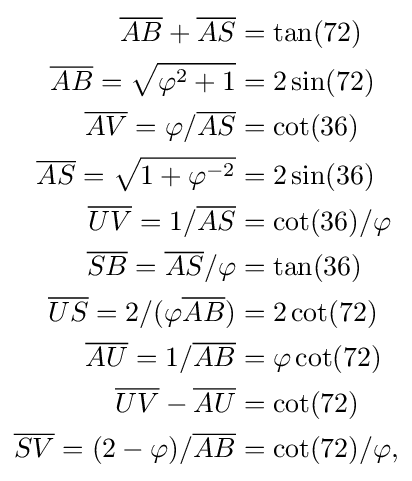
{\begin{aligned}{\overline {AB}}+{\overline {AS}}&=\tan(72)\\{\overline {AB}}={\sqrt {\varphi ^{2}+1}}&=2\sin(72)\\{\overline {AV}}=\varphi /{\overline {AS}}&=\cot(36)\\{\overline {AS}}={\sqrt {1+\varphi ^{-2}}}&=2\sin(36)\\{\overline {UV}}=1/{\overline {AS}}&=\cot(36)/\varphi \\{\overline {SB}}={\overline {AS}}/\varphi &=\tan(36)\\{\overline {US}}=2/(\varphi {\overline {AB}})&=2\cot(72)\\{\overline {AU}}=1/{\overline {AB}}&=\varphi \cot(72)\\{\overline {UV}}-{\overline {AU}}&=\cot(72)\\{\overline {SV}}=(2-\varphi )/{\overline {AB}}&=\cot(72)/\varphi ,\end{aligned}}